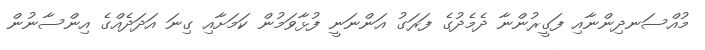
މުއްސަނދިންނާއި ފަގީރުންނާ ދެމެދުގެ ފަރަގު އަންނަނީ ފުޅާވަމުން ކަމަށާއި ގިނަ އަދަދެއްގެ އިންސާނުން